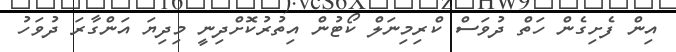
އިން ފެށިގެން ހަތް ދުވަސް ކްރިމިނަލް ކޯޓުން އިތުރުކޮށްދިނީ މިދިޔަ އަންގާރަ ދުވަހު